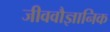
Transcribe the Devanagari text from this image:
जीववौज्ञानिक